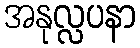
အနုလ္လပနာ